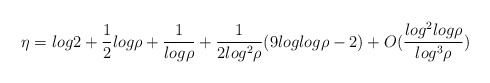
\begin{align*}\eta = log2 + \frac{1}{2}log\rho + \frac{1}{log\rho}+\frac{1}{2log^{2}\rho}(9loglog\rho-2) +O(\frac{log^{2}log\rho}{log^{3}\rho})\end{align*}